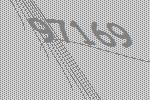
97169